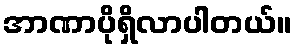
အာဏာပိုရှိလာပါတယ်။